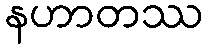
နဟာတဿ